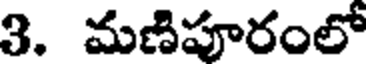
3. మణిపూరంలో